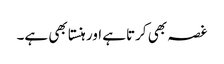
غصہ بھی کرتاہے اور ہنستا بھی ہے۔